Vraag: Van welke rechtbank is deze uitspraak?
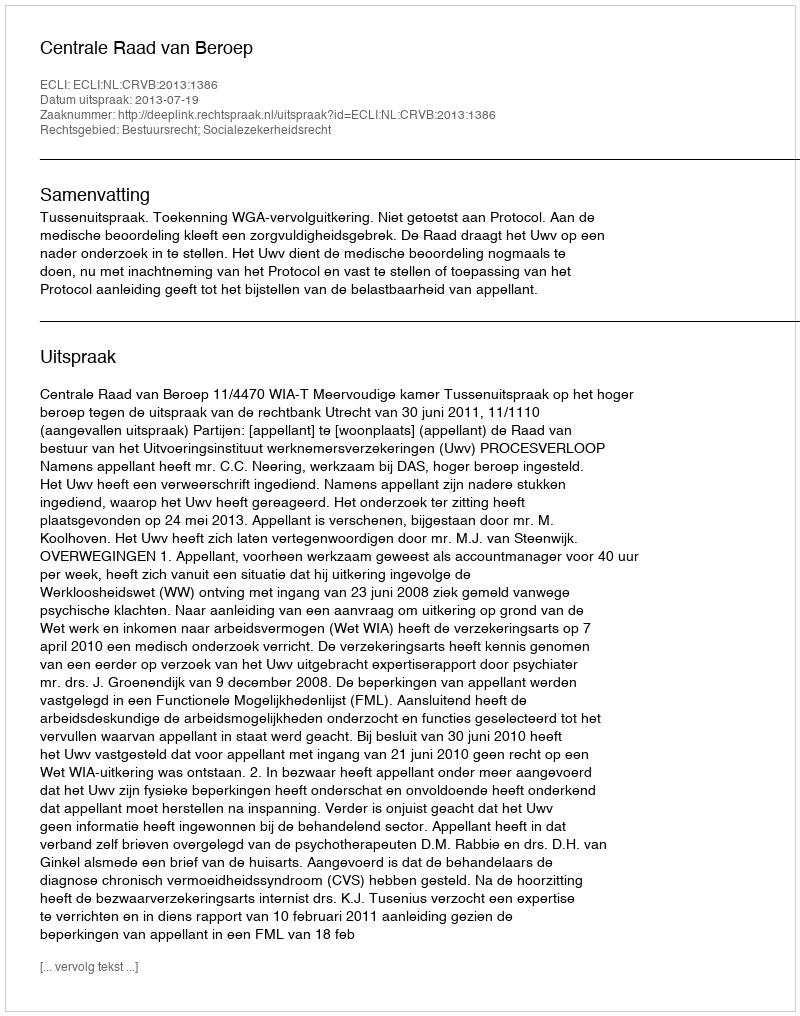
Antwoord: Centrale Raad van Beroep